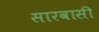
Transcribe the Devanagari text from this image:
सारवासी